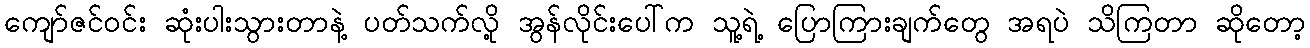
ကျော်ဇင်ဝင်း ဆုံးပါးသွားတာနဲ့ ပတ်သက်လို့ အွန်လိုင်းပေါ်က သူ့ရဲ့ ပြောကြားချက်တွေ အရပဲ သိကြတာ ဆိုတော့